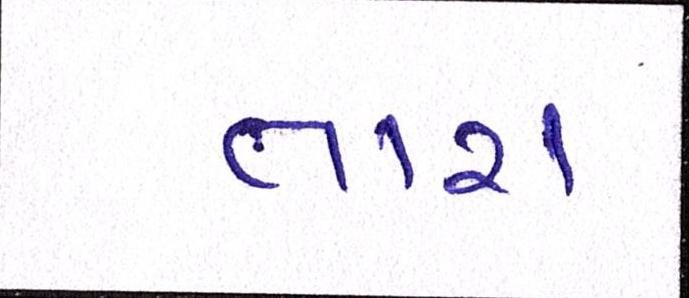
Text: તારા